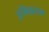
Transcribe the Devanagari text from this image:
इमिग्रसन